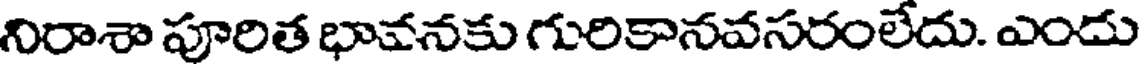
నిరాశా పూరిత భావనకు గురికానవసరంలేదు. ఎందు